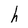
Character: h